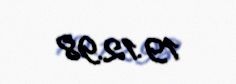
19.12.98